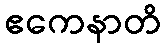
ဧကေနာတိ